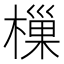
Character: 樔